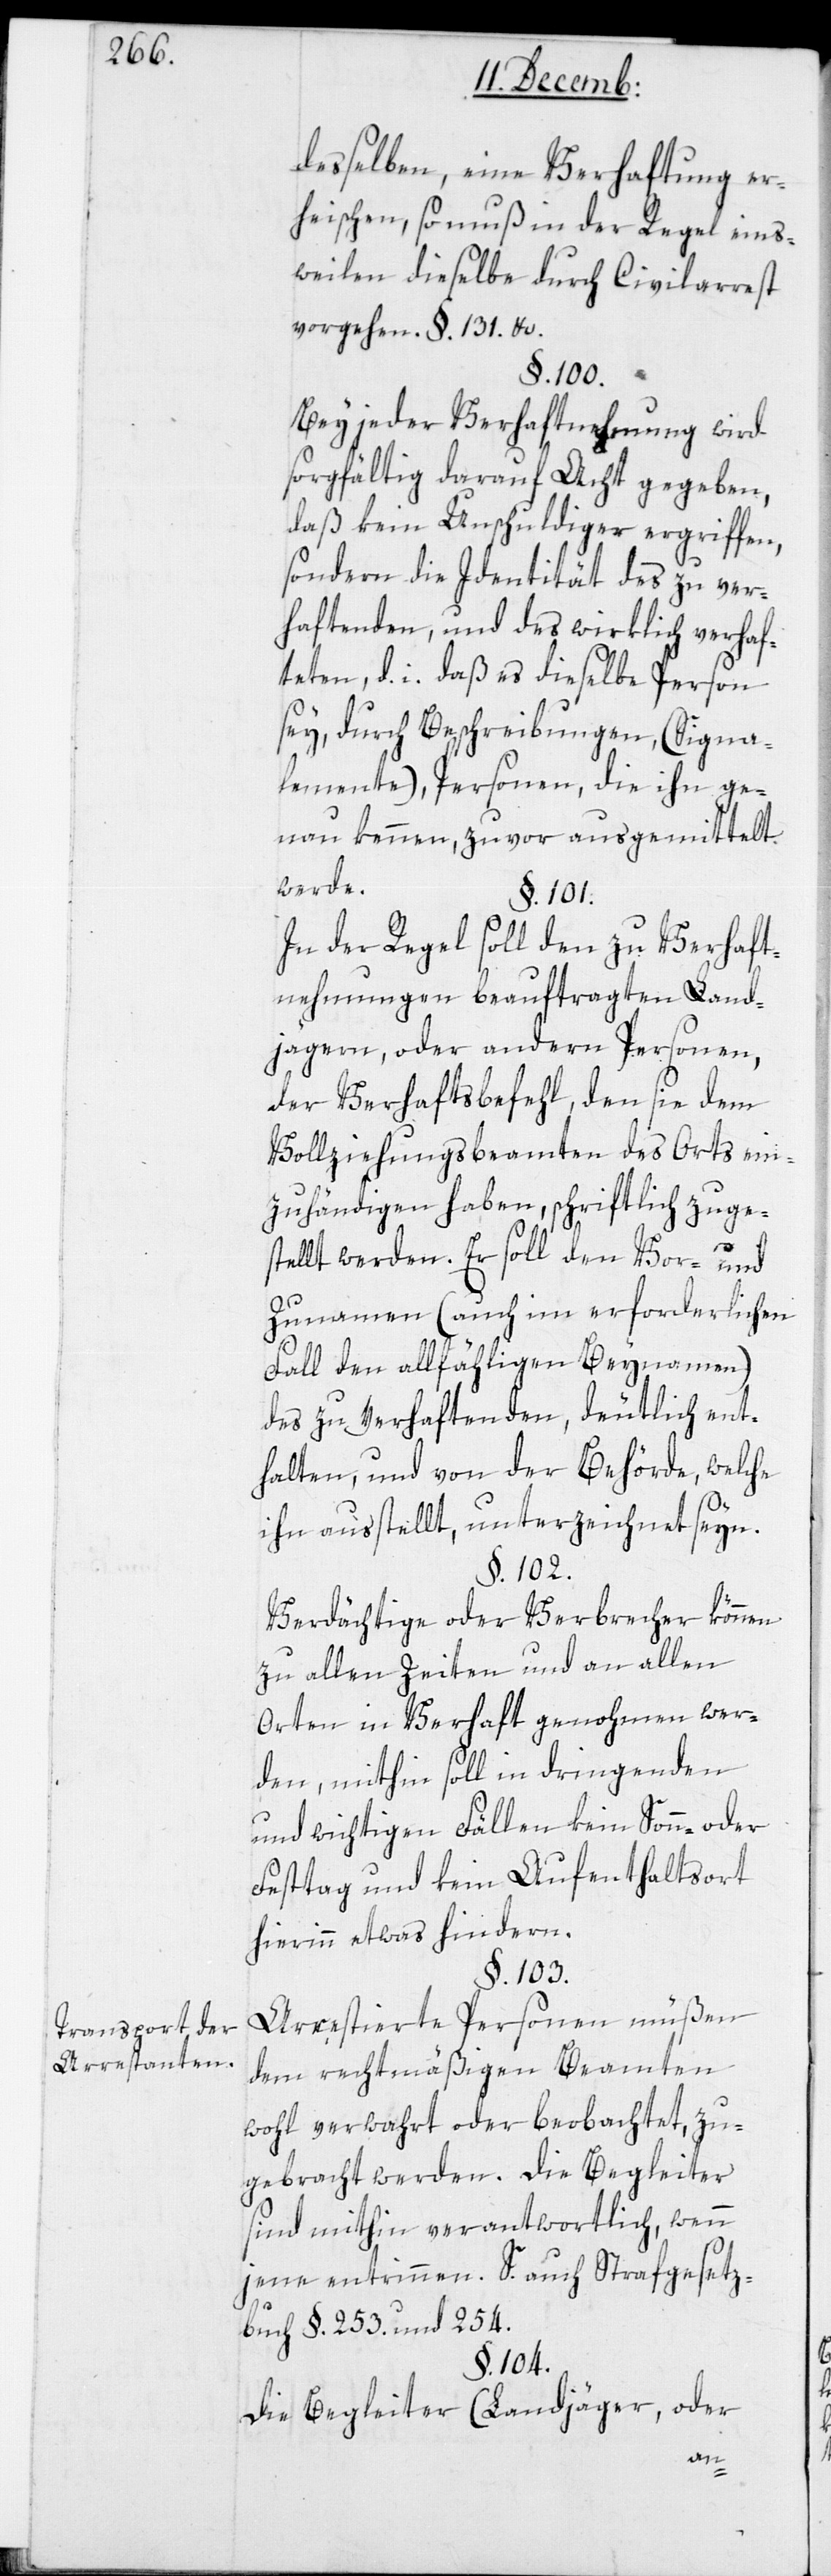
Transport der
Arrestanten.

desselben, eine Verhaftung er¬
heischen, so muß in der Regel eins¬
tweilen dieselbe durch Civilarrest
vorgehen §. 131 &c.
§. 100.
Bei jeder Verhaftung wird
sorgfältig darauf Acht gegeben,
daß kein Unschuldiger ergriffen,
sondern die Identität des zu Ver¬
haftenden und des wirklich Verhaf¬
teten, d. i. daß es dieselbe Person
sey, durch Beschreibungen (Signa¬
lemente), Personen, die ihn ge¬
nau kennen, zuvor ausgemittelt
werde.
§. 101.
In der Regel soll den zu Verhaft¬
nehmungen beauftragten Land¬
jägern oder andern Personen,
der Verhaftsbefehl, den sie dem
Vollziehungsbeamten des Orts ein¬
zuhändigen haben, schriftlich zuge¬
stellt werden. Er soll den Vor- und
Zunamen (auch im erforderlichen
Fall den allfähligen Beinamen)
des zu Verhaftenden deutlich ent¬
halten, und von der Behörde, welche
ihn ausstellt, unterzeichnet seyn.
§. 102.
Verdächtige oder Verbrecher können
zu allen Zeiten und an allen
Orten in Verhaft genohmen wer¬
den, mithin soll in dringenden
und wichtigen Fällen kein Sonn- oder
Festtag und kein Aufenthaltsort
hierinn etwas hindern.
§. 103.
Arrestierte Personen müßen
dem rechtmäßigen Beamten
wohl verwahrt oder beobachtet zu¬
gebracht werden. Die Begleiter
sind mithin verantwortlich, wenn
jene entrinnen. S. auch Strafgesetz¬
buch §. 253. und 254.
§. 104.
Die Begleiter (Landjäger oder